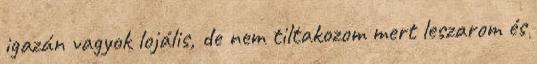
igazán vagyok lojális, de nem tiltakozom mert leszarom és